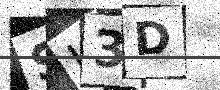
Text: SI3D